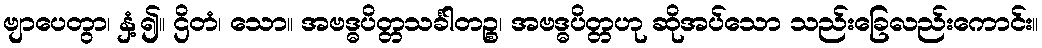
ဗျာပေတွာ၊ နှံ့၍။ ဌိတံ၊ သော။ အဗဒ္ဓပိတ္တသင်္ခါတဉ္စ၊ အဗဒ္ဓပိတ္တဟု ဆိုအပ်သော သည်းခြေလည်းကောင်း။